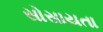
સોસાયતા